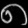
Digit: ၈